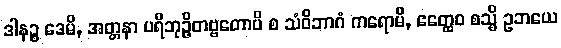
ဒါနဉ္စ ဒေမိ, အတ္တနာ ပရိဘုဉ္ဇိတဗ္ဗတောပိ စ သံဝိဘာဂံ ကရောမိ, ဧတ္ထေဝ စသ္မိ ဥဘယေ